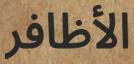
الأظافر